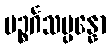
ပဉ္စင်္ဂသမ္ပန္နော